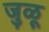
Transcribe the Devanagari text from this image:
जुळू